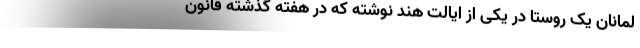
لمانان یک روستا در یکی از ایالت هند نوشته که در هفته گذشته قانون